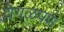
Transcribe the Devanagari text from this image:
वेगळपण